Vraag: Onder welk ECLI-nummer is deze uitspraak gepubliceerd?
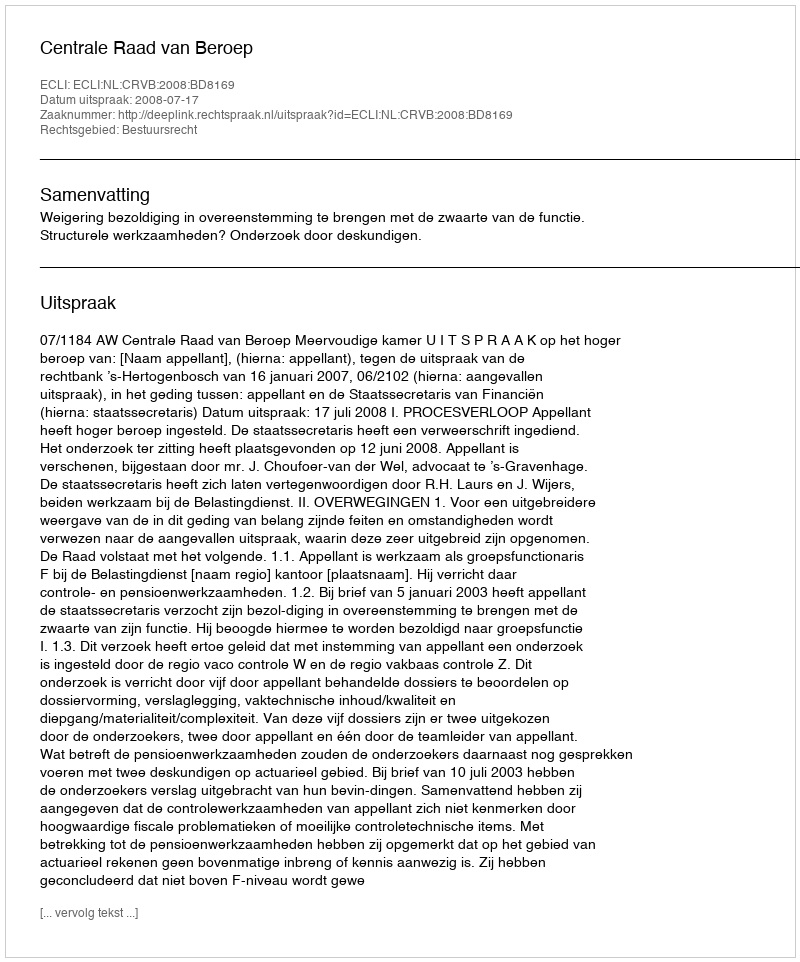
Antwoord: ECLI:NL:CRVB:2008:BD8169